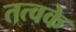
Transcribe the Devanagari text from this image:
तत्वके